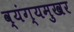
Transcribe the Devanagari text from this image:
व्यंग्यमुखर